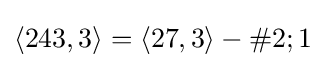
\langle 243,3\rangle =\langle 27,3\rangle -\#2;1